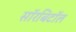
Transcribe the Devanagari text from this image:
सॉरबिटॉल